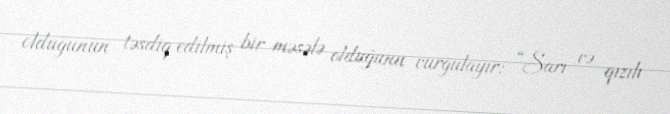
olduğunun təsdiq edilmiş bir məsələ olduğunu vurğulayır: “Sarı və qızılı